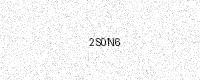
Text: 2S0N6